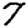
Digit: 7